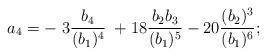
LaTeX: \begin{align*}a_4 = -\; 3 {b_4 \over (b_1)^4}\; + 18 {b_2 b_3\over (b_1)^5} - 20 {(b_2)^3\over(b_1)^6};\end{align*}